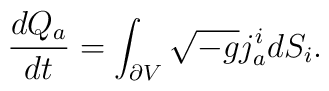
{dQ_a\over dt} = \int_{\partial V} \sqrt{-g}j_a^i dS_i .